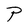
Character: P